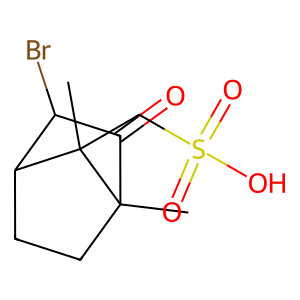
SMILES: CC12CCC(C(Br)C1=O)C2(C)CS(=O)(=O)O
Inhibits HIV replication: No